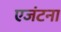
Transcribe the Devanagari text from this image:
एजंटना